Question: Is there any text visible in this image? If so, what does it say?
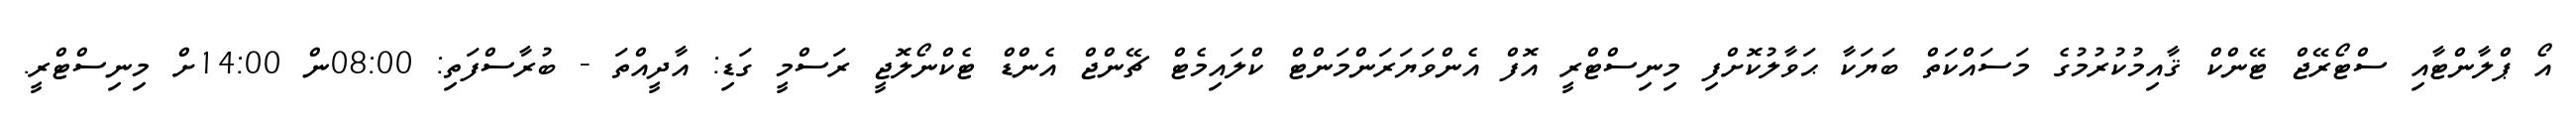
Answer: އޯ ޕްލާންޓާއި ސްޓޯރޭޖް ޓޭންކް ޤާއިމުކުރުމުގެ މަސައްކަތް ބަޔަކާ ޙަވާލުކޮށްފި މިނިސްޓްރީ އޮފް އެންވަޔަރަންމަންޓް ކްލައިމެޓް ޗޭންޖް އެންޑް ޓެކްނޯލޮޖީ ރަސްމީ ގަޑި: އާދީއްތަ - ބުރާސްފަތި: 08:00ން 14:00ށް މިނިސްޓްރީ.